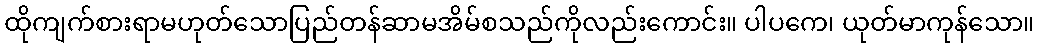
ထိုကျက်စားရာမဟုတ်သောပြည်တန်ဆာမအိမ်စသည်ကိုလည်းကောင်း။ ပါပကေ၊ ယုတ်မာကုန်သော။